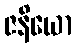
ဇနိယော